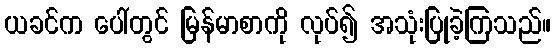
ယခင်က ပေါ်တွင် မြန်မာစာကို လုပ်၍ အသုံးပြုခဲ့ကြသည်။